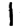
Digit: 1